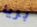
بريا